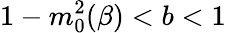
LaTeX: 1-m_{0}^{2}(\beta)<b<1